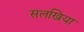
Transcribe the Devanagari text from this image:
सलखिया